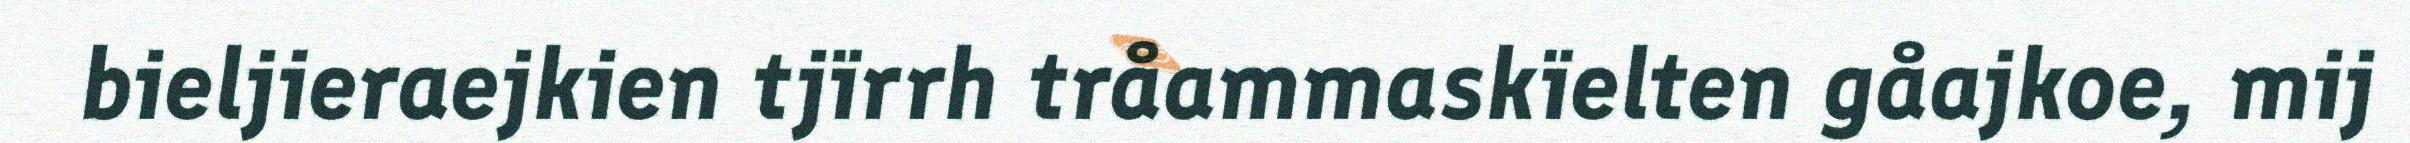
bieljieraejkien tjïrrh tråammaskïelten gåajkoe, mij